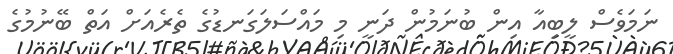
ނަމަވެސް ލީބިއާ އިން ބުނަމުން ދަނީ މި މައްސަލަގަނޑުގެ ތެރެއަށް އަތް ބޭނުމުގެ